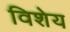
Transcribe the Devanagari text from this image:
विशेय